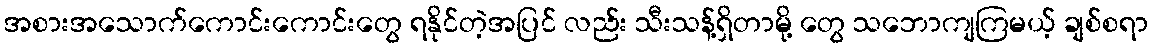
အစားအသောက်ကောင်းကောင်းတွေ ရနိုင်တဲ့အပြင် လည်း သီးသန့်ရှိတာမို့ တွေ သဘောကျကြမယ့် ချစ်စရာ